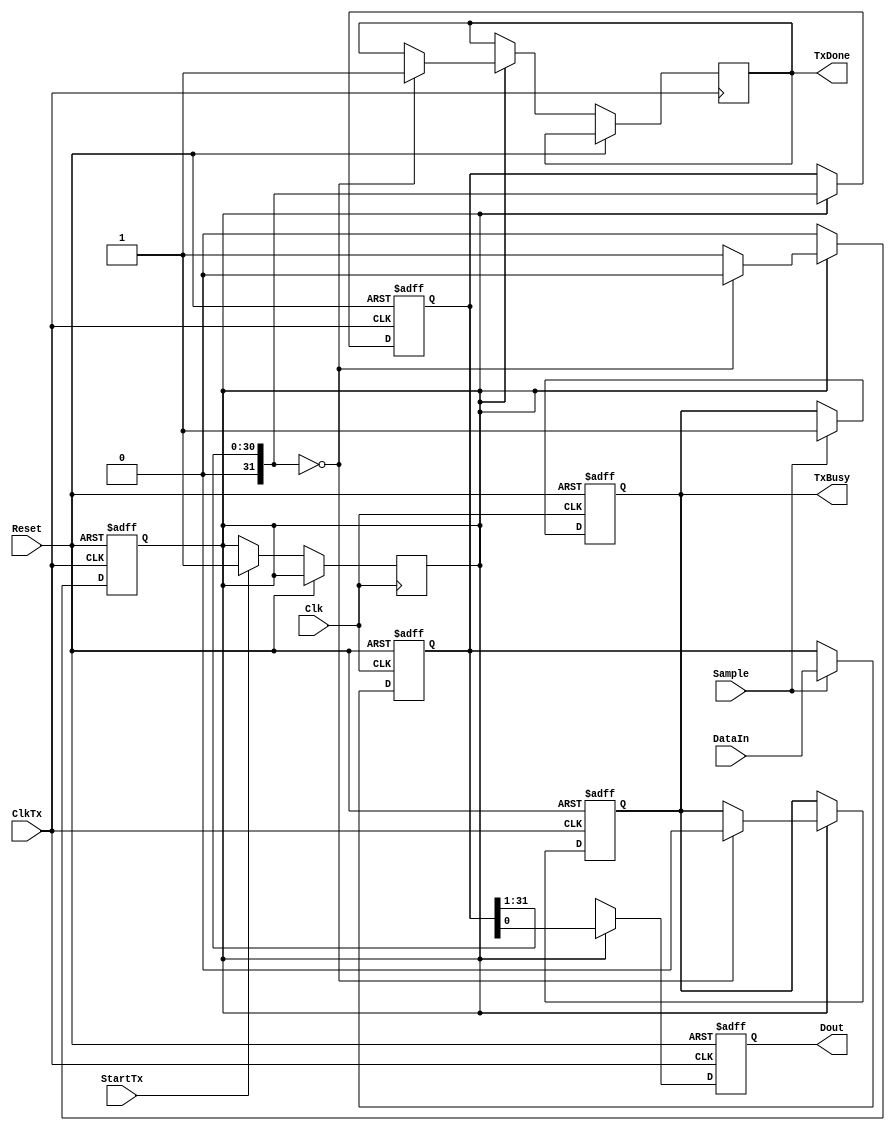
module SerialTransceiver #(parameter Width=32) (
    input Clk,
    input ClkTx,
    input Reset,
    input Sample,
    input StartTx,//=TxData
    input [Width-1:0] DataIn,
    output reg TxBusy,
    output reg Dout,
    output reg TxDone);

reg [Width-1:0] mem;
reg StartTransfer;

always @(posedge ClkTx, posedge Reset) begin
    if(Reset) begin
        TxBusy=0;
        mem=0;
        StartTransfer=0;
        Dout=0;
    end else begin
        if(StartTransfer) begin
            Dout = mem & 1;
            mem = mem >> 1;
            if(!mem) begin
                TxBusy=0;
                TxDone=1;
                StartTransfer=0;
            end
        end
        else
            Dout=1'bx;
    end
end

always @(posedge Clk, posedge Reset) begin
    if(Reset) begin
        TxBusy=0;
        mem=0;
    end else begin
        if(Sample) begin
            TxBusy=1;
            mem=DataIn;
        end
        if(StartTx) begin
            StartTransfer=1;
        end
    end
end

endmodule